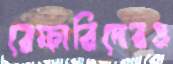
রেফারিদেরও